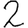
Digit: 2